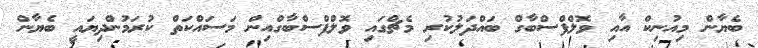
ބެޔާން މިއުނިކް އާއި ވޮލްފްސްބާގް ބައްދަލުކުރި މެޗްގައި ވޮލްފްސްބާގްއިން މަސައްކަތް ކުރަމުންދިޔައީ ބެޔާން